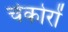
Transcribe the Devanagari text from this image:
चेकोरों